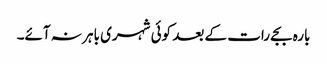
بارہ بجے رات کے بعد کوئی شہری باہر نہ آئے۔